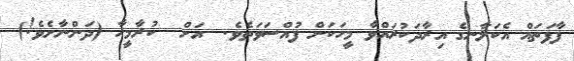
ފާފަތައް އެކަލާނގެ އިރާދަކުރައްވާ މީހަކަށް ފުއްސަވަތެވެ.  އަށް  ކުރާމީހާ (ދަންނާށެވެ!)